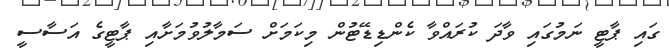
ގައި ޕާޓީ ނަމުގައި ވާދަ ކުރައްވާ ކެންޑިޑޭޓުން މިކަމަށް ސަމާލުވުމަށާއި ޕާޓީގެ އަސާސީ